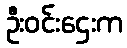
ဦးဝင်းဌေးက